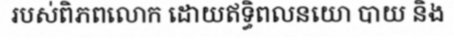
របស់ពិភពលោក ដោយឥទ្ធិពលនយោ បាយ និង